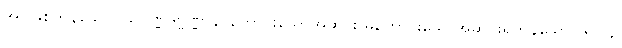
အပဖြစ်ကုန်သော။ သုဝဏ္ဏဒုဗ္ဗဏ္ဏာနိ၊ ကောင်းသောအဆင်း မကောင်းသောအဆင်းရှိကုန်သော။ ရူပါနိ၊